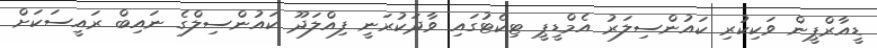
ޑީއާރްޕީން ވަކިކުރި ކައުންސިލަރު އެމްޑީޕީ ޓިކެޓުގައި ވާދަކުރަނީ ފިއްލަދޫ ކައުންސިލްގެ ނައިބް ރައީސަކަށް